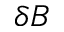
\delta B